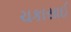
ચકાસાઈ